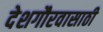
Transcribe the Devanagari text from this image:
देशगौरवासाठी